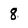
Character: 8